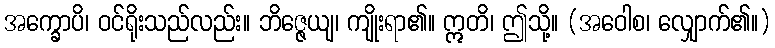
အက္ခောပိ၊ ဝင်ရိုးသည်လည်း။ ဘိဇ္ဇေယျ၊ ကျိုးရာ၏။ ဣတိ၊ ဤသို့။ (အဝေါစ၊ လျှောက်၏။)